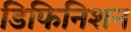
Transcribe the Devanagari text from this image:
डिफिनिशन